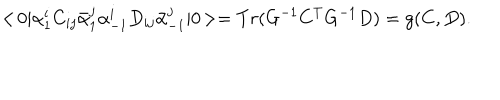
< \! 0 | \alpha _ { 1 } ^ { i } C _ { i j } \bar { \alpha } _ { 1 } ^ { j } \alpha _ { - 1 } ^ { i } D _ { i j } \bar { \alpha } _ { - 1 } ^ { j } | 0 \! > = T r ( G ^ { - 1 } C ^ { T } G ^ { - 1 } D ) = g ( C , D ) .